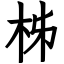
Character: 柹